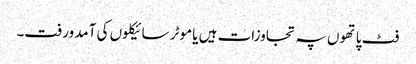
فٹ پاتھوں پہ تجاوزات ہیں یا موٹر سائیکلوں کی آمدورفت۔